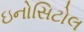
ઇનોસિટોલ